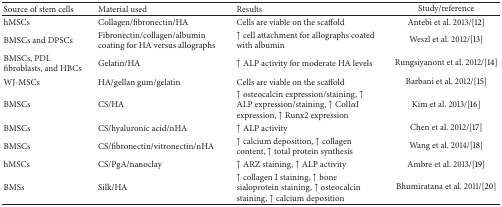
<table><thead><tr><td><b>Source of stem cells</b></td><td><b>Material used</b></td><td><b>Results</b></td><td><b>Study/reference</b></td></tr></thead><tbody><tr><td>hMSCs</td><td>Collagen/fibronectin/HA</td><td>Cells are viable on the scaffold</td><td>Antebi et al. 2013/[12]</td></tr><tr><td>BMSCs and DPSCs</td><td>Fibronectin/collagen/albumin coating for HA versus allographs</td><td>↑ cell attachment for allographs coated with albumin</td><td>Weszl et al. 2012/[13]</td></tr><tr><td>BMSCs, PDL fibroblasts, and HBCs </td><td>Gelatin/HA</td><td>↑ ALP activity for moderate HA levels</td><td>Rungsiyanont et al. 2012/[14] </td></tr><tr><td>WJ-MSCs</td><td>HA/gellan gum/gelatin</td><td>Cells are viable on the scaffold</td><td>Barbani et al. 2012/[15]</td></tr><tr><td>BMSCs</td><td>CS/HA</td><td>↑ osteocalcin expression/staining, ↑ ALP expression/staining, ↑ Col1<i>α</i>I expression, ↑ Runx2 expression</td><td>Kim et al. 2013/[16]</td></tr><tr><td>BMSCs</td><td>CS/hyaluronic acid/nHA </td><td>↑ ALP activity </td><td>Chen et al. 2012/[17]</td></tr><tr><td>BMSCs</td><td>CS/fibronectin/vitronectin/nHA</td><td>↑ calcium deposition, ↑ collagen content, ↑ total protein synthesis</td><td>Wang et al. 2014/[18]</td></tr><tr><td>hMSCs</td><td>CS/PgA/nanoclay</td><td>↑ ARZ staining, ↑ ALP activity</td><td>Ambre et al. 2013/[19] </td></tr><tr><td>BMSs</td><td>Silk/HA</td><td>↑ collagen I staining, ↑ bone sialoprotein staining, ↑ osteocalcin staining, ↑ calcium deposition </td><td>Bhumiratana et al. 2011/[20] </td></tr></tbody></table>